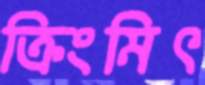
ক্রিংমিৎ